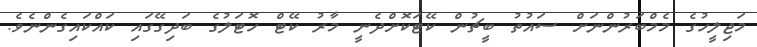
މަޖިލީހުގެ މެމްބަރުންނަށް ސައުތު ބީޗުން ކޭޓަކޮށްދެނީ މާރު ކޭޓް ހޮޓަލުގެ ބަދިގޭގައި ކައްކައިގެންނެވެ.